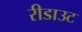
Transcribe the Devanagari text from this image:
रीडाउट